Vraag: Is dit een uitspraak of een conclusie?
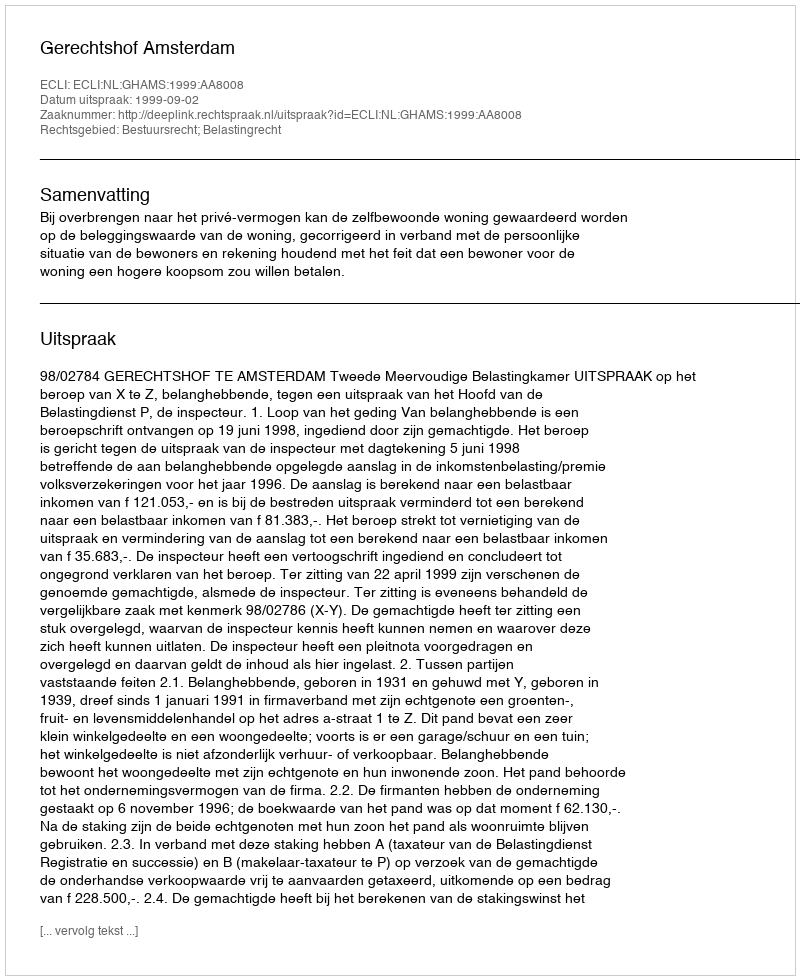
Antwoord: Uitspraak